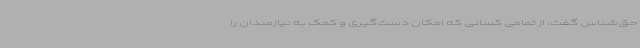
حق‌شناس گفت: از تمامی کسانی که امکان دست‌گیری و کمک به نیازمندان را